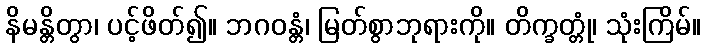
နိမန္တိတွာ၊ ပင့်ဖိတ်၍။ ဘဂဝန္တံ၊ မြတ်စွာဘုရားကို။ တိက္ခတ္တုံ၊ သုံးကြိမ်။